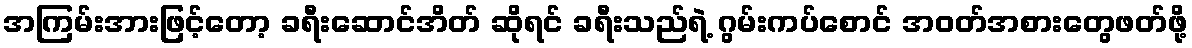
အကြမ်းအားဖြင့်တော့ ခရီးဆောင်အိတ် ဆိုရင် ခရီးသည်ရဲ့ ဂွမ်းကပ်စောင် အဝတ်အစားတွေဖတ်ဖို့